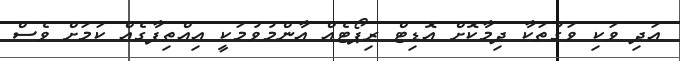
އަދި ވަކި ވަގުތަކާ ދިމާކޮށް އޮޑިޓް ރިޕޯޓެއް އާންމުވުމަކީ އިއްތިފާގެއް ކަމަށް ވެސް